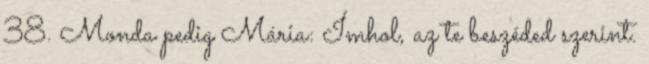
38. Monda pedig Mária: Ímhol, az te beszéded szerint.